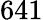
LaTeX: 641